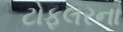
ટોફલરના